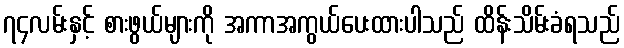
၇၄လမ်းနှင့် စားဖွယ်များကို အကာအကွယ်ပေးထားပါသည် ထိန်းသိမ်းခံရသည်